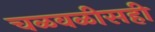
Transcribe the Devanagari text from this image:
चळवळीसही